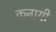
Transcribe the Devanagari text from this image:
कनायी